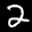
Label: 2